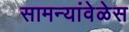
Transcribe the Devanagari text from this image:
सामन्यांवेळेस